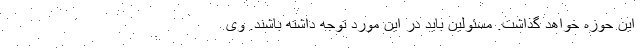
این حوزه خواهد گذاشت. مسئولین باید در این مورد توجه داشته باشند. وی